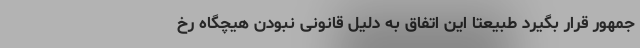
جمهور قرار بگیرد طبیعتا این اتفاق به دلیل قانونی نبودن هیچگاه رخ